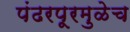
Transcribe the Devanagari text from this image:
पंढरपूरमुळेच